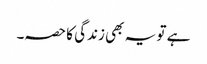
ہے تو یہ بھی زندگی کا حصہ۔